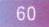
4.（浙江金华中考）如图2 - 1 - 19，在平面直角坐标系中，四边形\(OABC\)各顶点的坐标分别为\(O(0,0)\)，\(A(3,3\sqrt{3})\)、\(B(9,5\sqrt{3})\)，\(C(14,0)\)，动点\(P\)与\(Q\)同时从\(O\)点出发，运动时间为\(t\)秒，点\(P\)沿\(OC\)方向以\(1\)单位长度/秒的速度向点\(C\)运动，点\(Q\)沿折线\(OA - AB - BC\)运动，在\(OA\)、\(AB\)、\(BC\)上运动的速度分别为\(3\)，\(\sqrt{3}\)，\(\frac{5}{2}\)（单位长度/秒），当\(P\)、\(Q\)中的一点到达\(C\)点时，两点同时停止运动.
(1)\(AB\)所在直线的函数表达式为：\(\underline{\quad\quad}\)；
(2)当点\(Q\)在\(AB\)上运动时，求\(\triangle CPQ\)的面积\(S\)关于\(t\)的函数表达式及\(S\)的最大值.